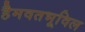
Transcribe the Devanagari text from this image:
हैमवतभूविल